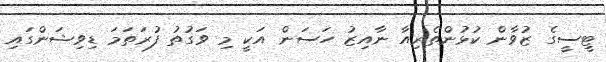
ޓީސީގެ ޒުވާން ކުޅުންތެރިއާ ނާއިޒު ހަސަން އަކީ މި ވަގުތު ފުރަތަމަ ޑިވިޝަންގައި